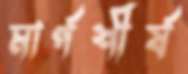
মার্গশীর্ষ